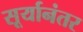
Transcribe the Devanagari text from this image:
सूर्यानंतर